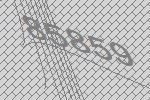
85859